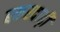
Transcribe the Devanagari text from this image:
बकरदाढ़ी